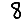
Digit: 8